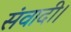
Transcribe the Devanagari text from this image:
संवादी।